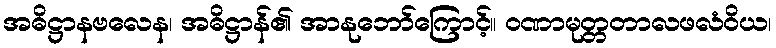
အဓိဋ္ဌာနဗလေန၊ အဓိဋ္ဌာန်၏ အာနုဘော်ကြောင့်။ ဝဏာမုတ္တတာလဖလံဝိယ၊